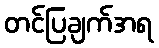
တင်ပြချက်အရ